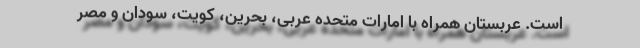
است. عربستان همراه با امارات متحده عربی، بحرین، کویت، سودان و مصر